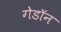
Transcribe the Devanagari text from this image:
गेडाॅन